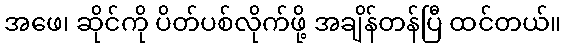
အဖေ၊ ဆိုင်ကို ပိတ်ပစ်လိုက်ဖို့ အချိန်တန်ပြီ ထင်တယ်။